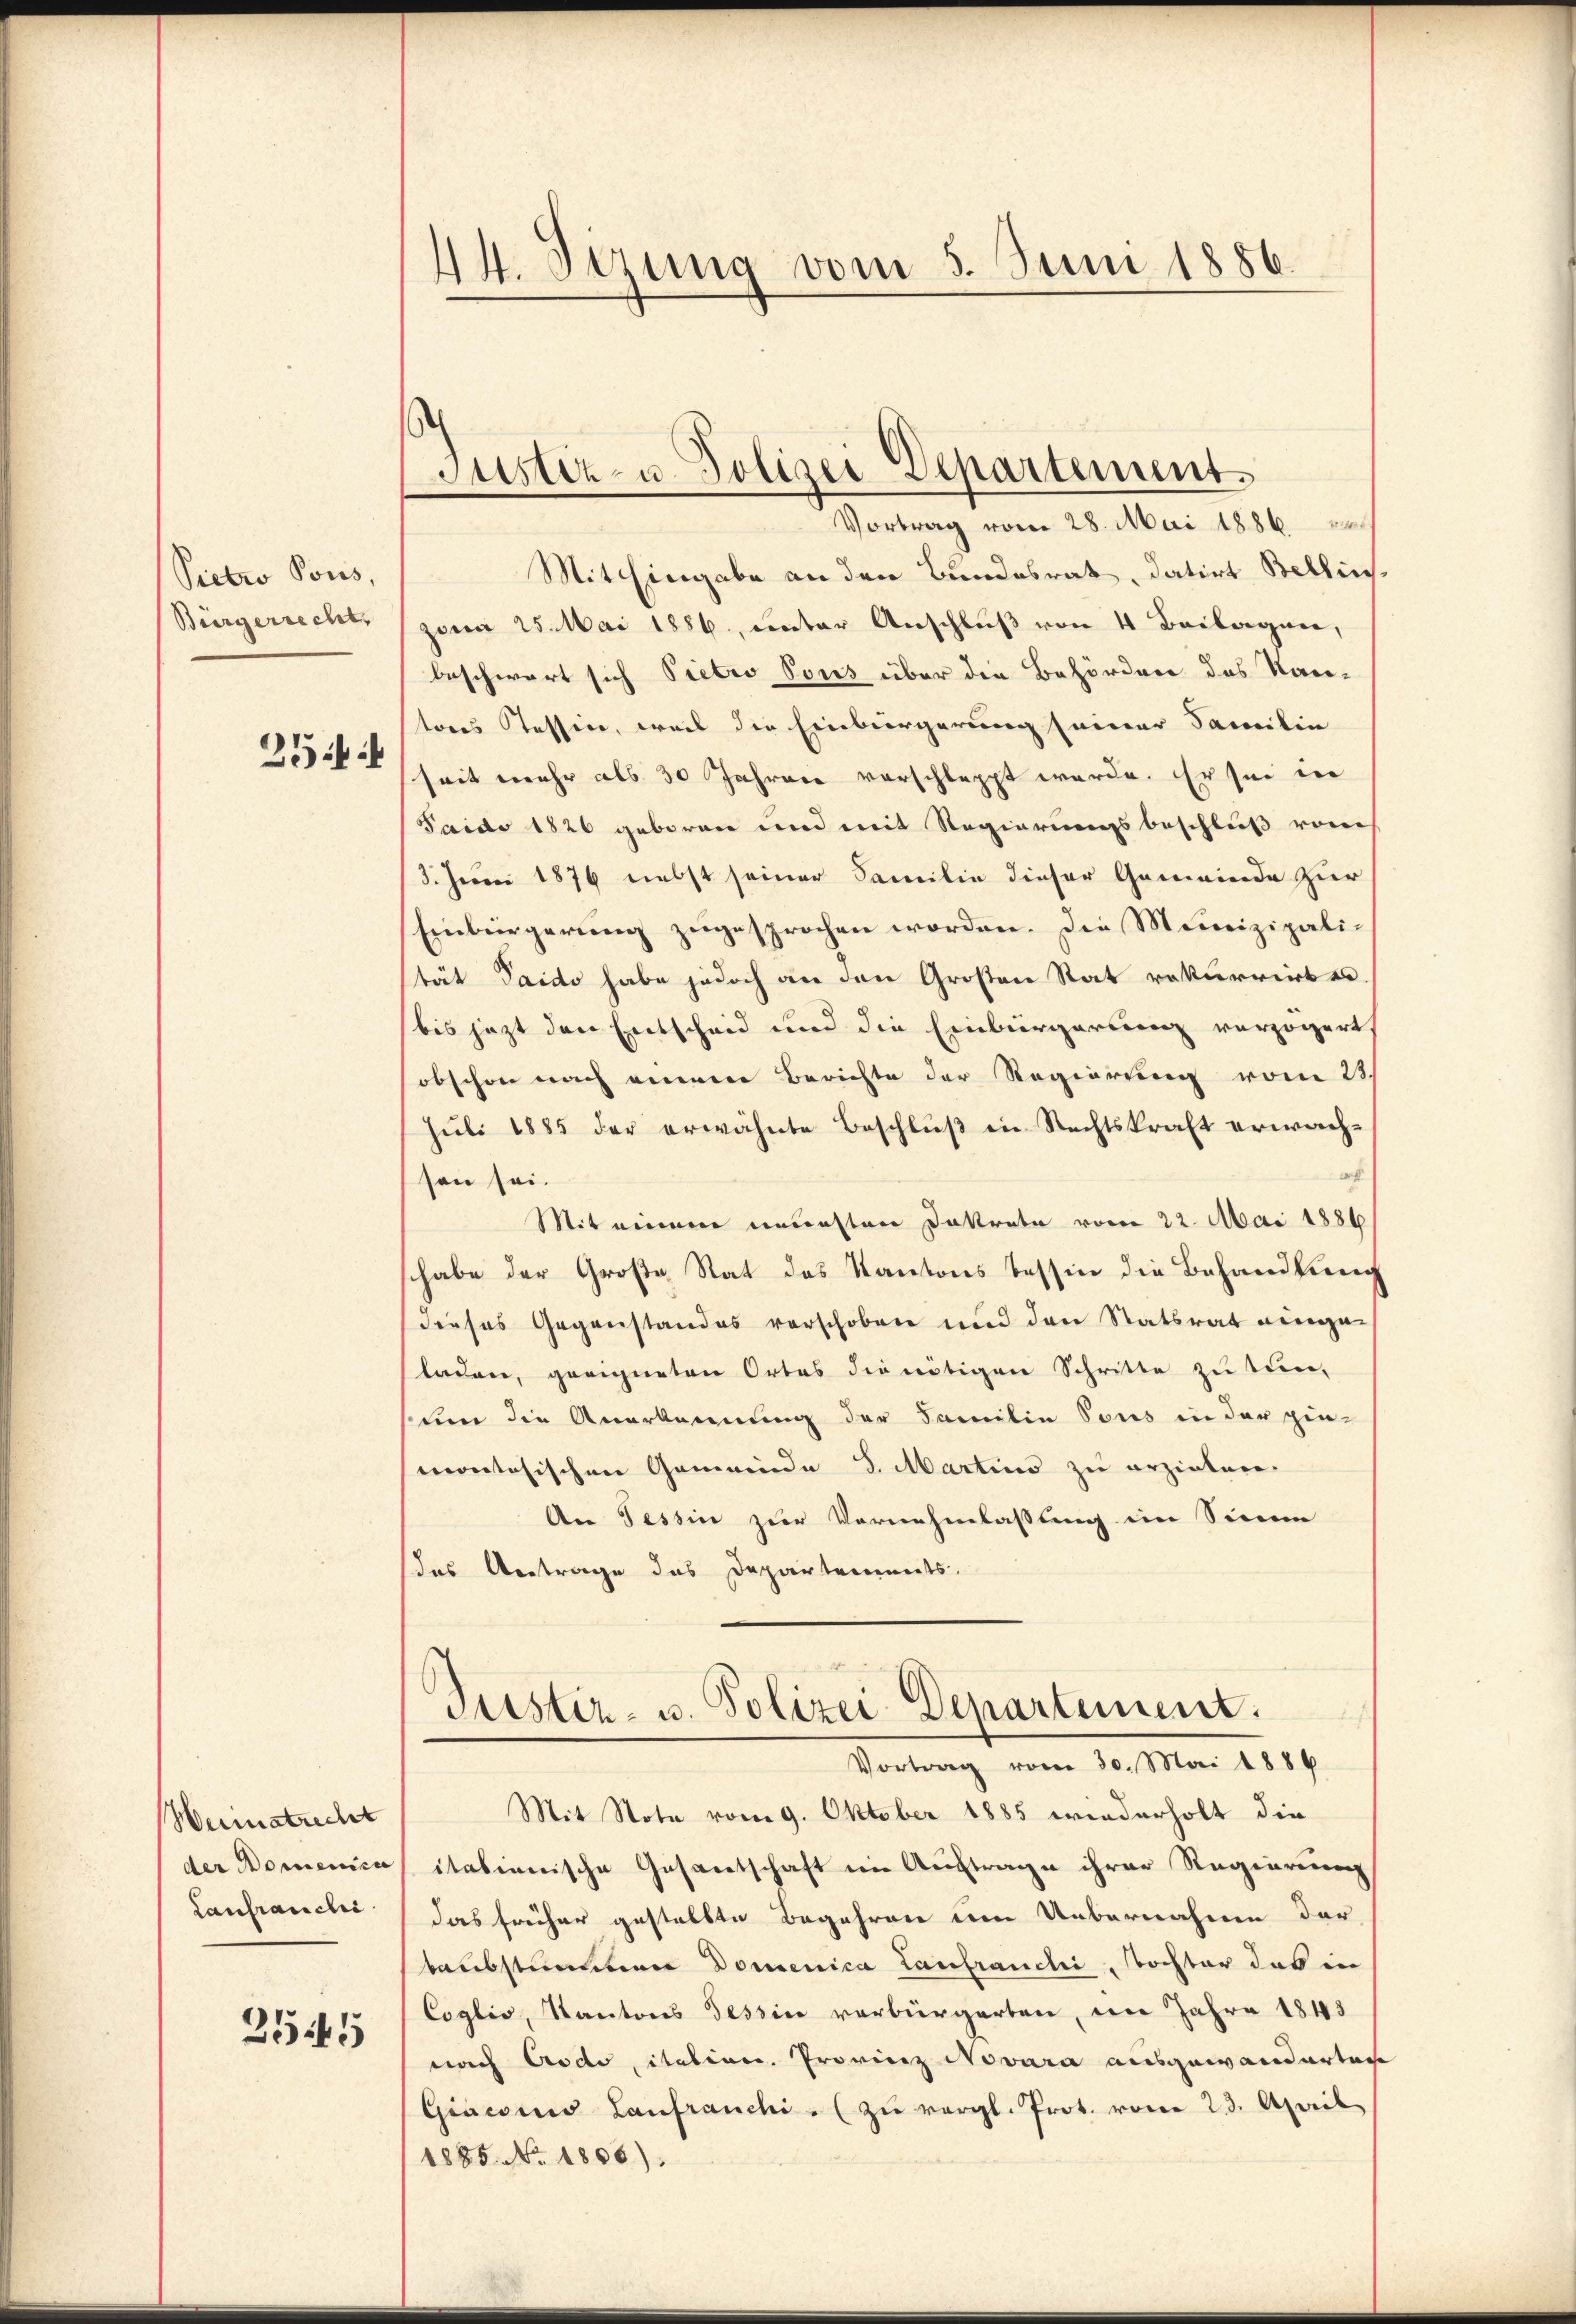
Pietro Pous,
Bürgerrecht,

25ff

Weiinatrecht
der Domenica
Lanfranchi

2545

44. Sezung vom 5. Juni 1886.

Vortrag vom 28. Mai 1886.
Mit Eingabe an den Bundesrat, datirt Bellin.
zona 25. Mai 1886, unter Anschluß von 4 Beilagen,
beschwart sich Pietro Pous über die Behörden des Kan-
tores Tessin, weil die Einbürgerung seiner Familie
seit mehr als 30 Jahren vorschlappt werde. Er sei der
Paide 1826 geboren und mit Regierungsbeschluß vom
3. Juni 1876 nebst seiner Familie dieser Gemeinde zur
Einbürgerung zugesprochen worden. Die Meinizipalität Saido habe jedoch an den Großen Rat rekurrirtes.
bis jetzt den Entscheid und die Einbürgerrenz verzögert,
obschon nach einen Berichte der Regierung vom 23.
Juli 1885 der erwähnte Beschlŭβ in Rechtskraft erwachwit
sen sei.
Mit einem neuersten Dekrete vom 22. Mai 1886
schabe der Große Rat des Kantons Tessin die Behandlung
Dieses Gegenstandes verschoben und den Statsrat einge-
sladen, geeigneten Ortes die nötigen Schritte zu tun,
den die Anerkennung der Familie Tous in der gin-
montesischen Gemeinde 8. Martins zu erziehen.
An Tessin zur Vornehmlassung im Sinne
das Vertrage das Departements
Justiz- u. Polizei-Departement.
Vortrag vom 30. Mai 1886
Mit Note vom 9. Oktober 1885 wiederholt die
itationische Gesantschaft im Auftrage ihrer Regierung
das früher gestellte Begehren um Uebernahme der
taubstimmen Domenica Laufranchi, Tochter das in
Coglio, Kantons Tessin verbürgerten, im Jahre 1843
nach Crodo, italien. Provinz Novara ausgewanderten
Giacsim Laŭfranchi - zŭ vergl. Prot. vom 23. Aprill
1886. No. 1806).

Justiz- u. Polizei Departement.